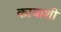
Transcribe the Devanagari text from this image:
कायाशीं